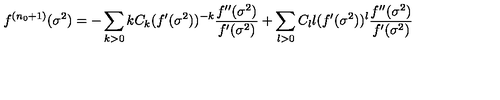
f ^ { ( n _ { 0 } + 1 ) } ( \sigma ^ { 2 } ) = - \sum _ { k > 0 } k C _ { k } ( f ^ { \prime } ( \sigma ^ { 2 } ) ) ^ { - k } \frac { f ^ { \prime \prime } ( \sigma ^ { 2 } ) } { f ^ { \prime } ( \sigma ^ { 2 } ) } + \sum _ { l > 0 } C _ { l } l ( f ^ { \prime } ( \sigma ^ { 2 } ) ) ^ { l } \frac { f ^ { \prime \prime } ( \sigma ^ { 2 } ) } { f ^ { \prime } ( \sigma ^ { 2 } ) }